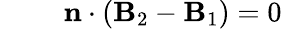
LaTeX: \begin{array}{rlr}{\mathrm{~}}&{{}}&{\mathbf{n}\cdot\left(\mathbf{B}_{2}-\mathbf{B}_{1}\right)=0}\end{array}